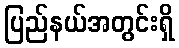
ပြည်နယ်အတွင်းရှိ